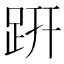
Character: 趼